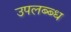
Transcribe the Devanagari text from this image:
उपलब्ब्ध